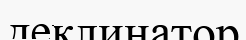
деклинатор